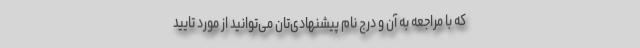
که با مراجعه به آن و درج نام پیشنهادی‌تان می‌توانید از مورد تایید